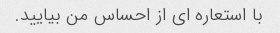
با استعاره ای از احساس من بیایید.